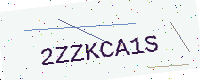
Text: 2ZZKCA1S